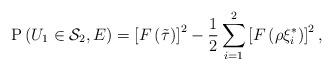
LaTeX: \begin{align*}\mathrm{P}\left(U_1\in \mathcal{S}_2, E\right) &= \left[F\left( \tilde{\tau}\right)\right]^2 - \frac{1}{2} \sum^2_{i=1} \left[F\left(\rho\xi^*_{i} \right)\right]^2,\end{align*}